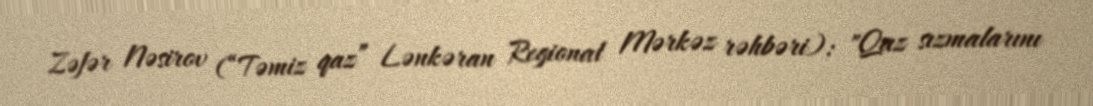
Zəfər Nəsirov (“Təmiz qaz” Lənkəran Regional Mərkəz rəhbəri): "Qaz sızmalarını